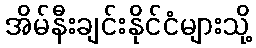
အိမ်နီးချင်းနိုင်ငံများသို့